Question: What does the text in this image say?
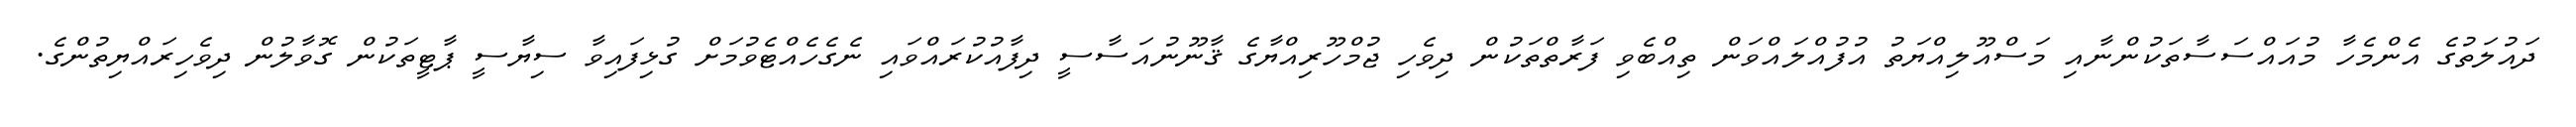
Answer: ދައުލަތުގެ އެންމެހާ މުއައްސަސާތަކުންނާއި މަސްއޫލިއްޔަތު އުފުއްލައްވަން ތިއްބެވި ފަރާތްތަކުން ދިވެހި ޖުމްހޫރިއްޔާގެ ޤާނޫނުއަސާސީ ދިފާއުކުރައްވައި ނެގެހެއްޓެވުމަށް ގުޅިފައިވާ ސިޔާސީ ޕާޓީތަކުން ގޮވާލުން ދިވެހިރައްޔިތުންގެ.